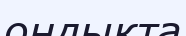
ондықта